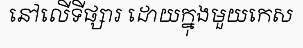
នៅលើទីផ្សារ ដោយក្នុងមួយកេស